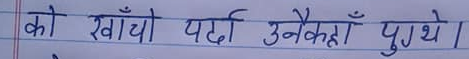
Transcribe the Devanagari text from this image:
को खायो पर्दा उनीकहाँ पुगेथे।